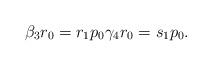
LaTeX: \begin{align*}\beta_3 r_0 = r_1 p_0 \gamma_4 r_0 = s_1 p_0.\end{align*}